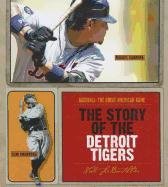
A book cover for The Story of the Detroit Tigers (Baseball: the Great American Game); Nate Leboutillier; Teen & Young Adult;